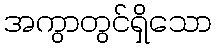
အကွာတွင်ရှိသော